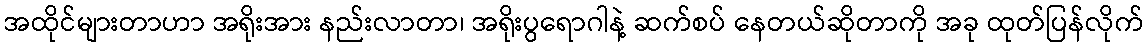
အထိုင်များတာဟာ အရိုးအား နည်းလာတာ၊ အရိုးပွရောဂါနဲ့ ဆက်စပ် နေတယ်ဆိုတာကို အခု ထုတ်ပြန်လိုက်